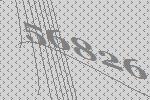
56826